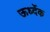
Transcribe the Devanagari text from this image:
ऊर्ध्देक